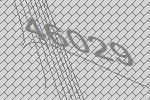
46029